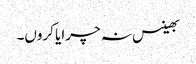
بھینس نہ چرایا کروں۔